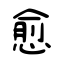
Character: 愈